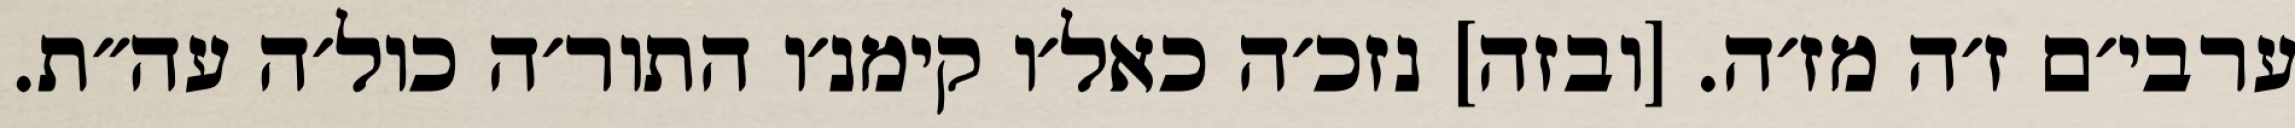
ערבי׳ם ז׳ה מז׳ה. [ובזה] נזכ׳ה כאל׳ו קימנ׳ו התור׳ה כול׳ה עה״ת.